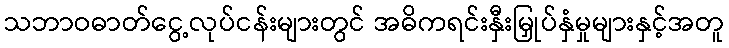
သဘာဝဓာတ်ငွေ့လုပ်ငန်းများတွင် အဓိကရင်းနှီးမြှုပ်နှံမှုများနှင့်အတူ